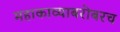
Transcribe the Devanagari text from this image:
महाकाव्याबरोबरच